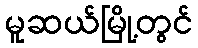
မူဆယ်မြို့တွင်